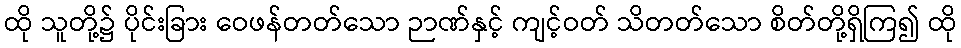
ထို သူတို့၌ ပိုင်းခြား ဝေဖန်တတ်သော ဉာဏ်နှင့် ကျင့်ဝတ် သိတတ်သော စိတ်တို့ရှိကြ၍ ထို